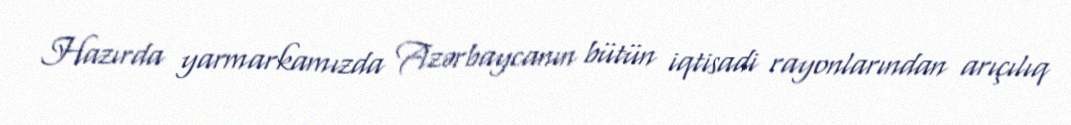
Hazırda yarmarkamızda Azərbaycanın bütün iqtisadi rayonlarından arıçılıq